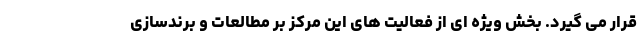
قرار می گیرد. بخش ویژه ای از فعالیت های این مرکز بر مطالعات و برندسازی